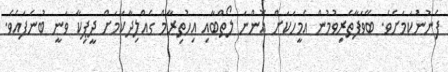
ފެނުނުކަމަށެވެ. ބޭވަފާތެރިވުމުން އެމީހަކަށް އޮންނަ ލޯތްބާއި އިހުތިރާމް ގެއްލިދާކަމަށް ދީޕިކާ ވަނީ ބުނެފައެވެ.